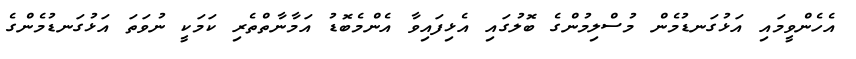
އެހެންވީމައި އަޅުގަނޑުމެން މުސްލިމުންގެ ބޮލުގައި އެޅިފައިވާ އެންމެބޮޑު އަމާނާތްތެރި ކަމަކީ ނުވަތަ އަޅުގަނޑުމެންގެ